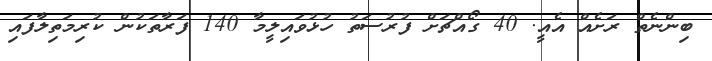
ބިންނެތް ރަށެއް އެއީ. 40 ގޯއްޗަށް ފުރުސަތު ހުޅުވައިލީމާ 140 ފަރާތަކުން ކުރިމަތިލާފައި